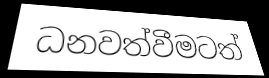
ධනවත්වීමටත්